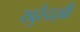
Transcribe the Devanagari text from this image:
खुर्रदद्बी